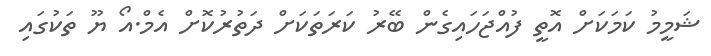
ޝަމީމު ކަމަކަށް އޮތީ ފުއްޖަހައިގެން ބޭރު ކަރަތަކަށް ދަތުރުކޮށް އެމް.އޯ ޔޫ ތަކުގައި